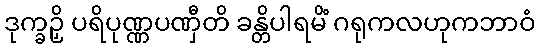
ဒုက္ခဉှိ ပရိပုဏ္ဏပဏှီတိ ခန္တိပါရမိံ ဂရုကလဟုကဘာဝံ